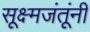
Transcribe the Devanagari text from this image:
सूक्ष्मजंतूंनी